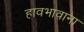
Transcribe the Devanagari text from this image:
हावभावाना